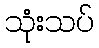
သုံးသပ်